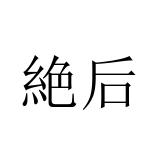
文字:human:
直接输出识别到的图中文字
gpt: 絶后